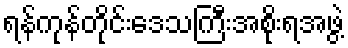
ရန်ကုန်တိုင်းဒေသကြီးအစိုးရအဖွဲ့